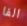
الفا